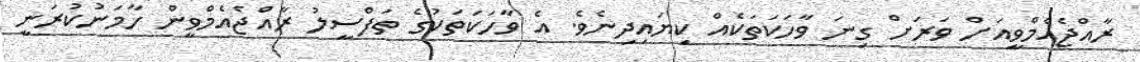
ރާއްޖެއެމްވީއަށް ވަރަށް ގިނަ ވާހަކަތަކެއް ކިޔައިދިނެވެ. އެ ވާހަކަތަކުގެ ތަފްސީލު ރާއްޖެއެމްވީން ހާމަނުކުރަނީ